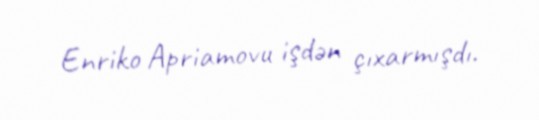
Enriko Apriamovu işdən çıxarmışdı.